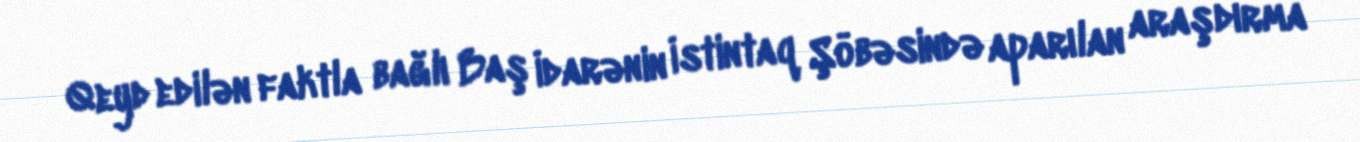
Qeyd edilən faktla bağlı Baş İdarənin İstintaq Şöbəsində aparılan araşdırma